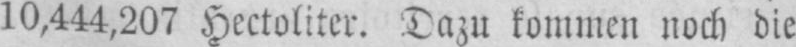
10,444,207 Hectoliter. Dazu kommen noch die